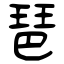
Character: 琶